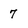
Character: 7